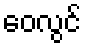
ဝေလွင်